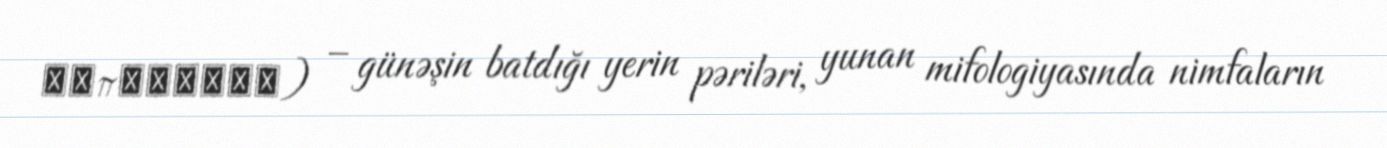
Ἑσπερίδες) – günəşin batdığı yerin pəriləri, yunan mifologiyasında nimfaların